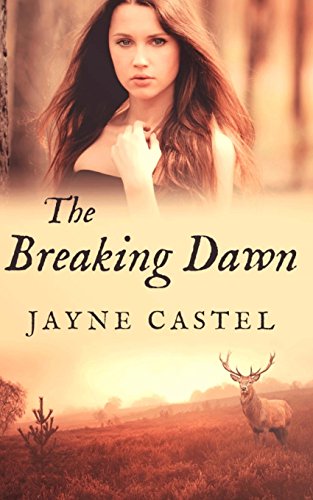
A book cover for The Breaking Dawn (The Kingdom of Mercia) (Volume 1); Jayne Castel; Romance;